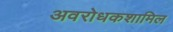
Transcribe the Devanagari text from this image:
अवरोधकशामिल